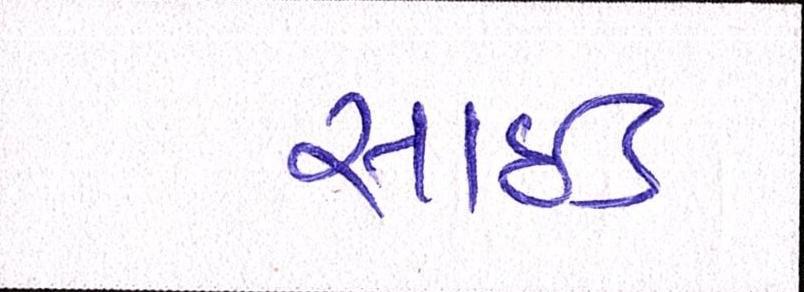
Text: સાઈડ